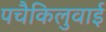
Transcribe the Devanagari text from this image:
पचैकिलुवाई